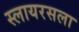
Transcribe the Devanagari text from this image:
स्लायरसला